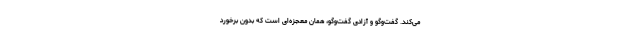
می‌کند. گفت‌و‌گو و آزادی گفت‌و‌گو، همان معجزه‌ای است که بدون برخورد